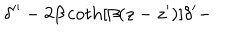
\delta ^ { \prime \prime } - 2 \beta \coth [ \beta ( z - z ^ { \prime } ) ] \delta ^ { \prime } -